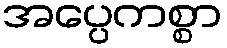
အပ္ပေကစ္စာ